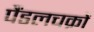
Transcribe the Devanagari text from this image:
पैंडलचक्रों